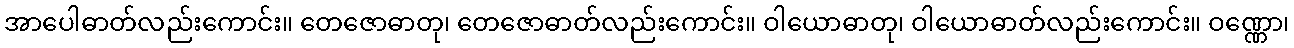
အာပေါဓာတ်လည်းကောင်း။ တေဇောဓာတု၊ တေဇောဓာတ်လည်းကောင်း။ ဝါယောဓာတု၊ ဝါယောဓာတ်လည်းကောင်း။ ဝဏ္ဏော၊